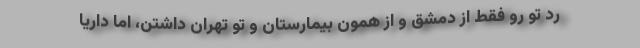
ردّ تو رو فقط از دمشق و از همون بیمارستان و تو تهران داشتن، اما داریا